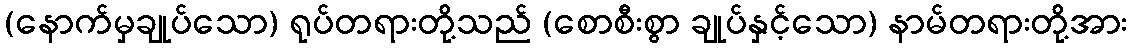
(နောက်မှချုပ်သော) ရုပ်တရားတို့သည် (စောစီးစွာ ချုပ်နှင့်သော) နာမ်တရားတို့အား